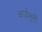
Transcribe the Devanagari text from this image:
कार्यभूमी